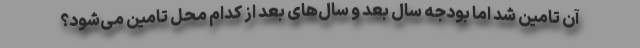
آن تامین شد اما بودجه سال بعد و سال‌های بعد از کدام محل تامین می‌شود؟